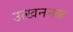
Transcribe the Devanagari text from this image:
उत्खननक